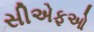
સીએફઓ